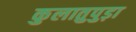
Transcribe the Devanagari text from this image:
कुलातुपुड़ा